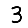
Digit: 3